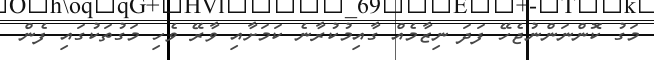
މަގު ކޮންނަންނުޖެހޭ ފަދަ ނިޒާމެއް ގާއިމުކުރާނެ ކަމަށާއި ވާރޭ ވެހި މަގުތަކުގައި ފެން